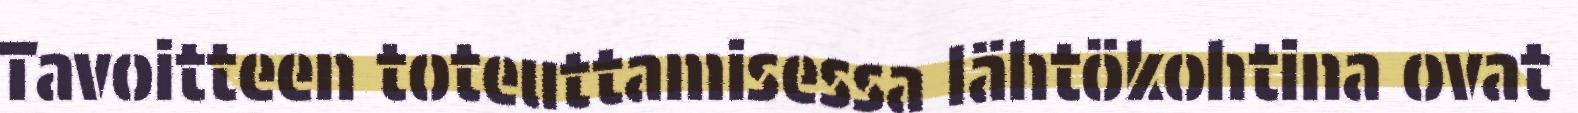
Tavoitteen toteuttamisessa lähtökohtina ovat